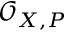
{ \mathcal { O } } _ { X , P }